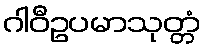
ဂါဝီဥပမာသုတ္တံ